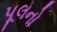
પૂલનો